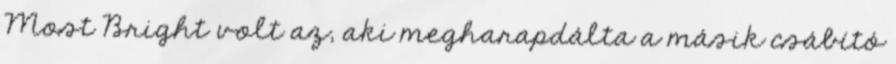
Most Bright volt az, aki megharapdálta a másik csábító